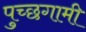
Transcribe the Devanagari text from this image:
पुच्छगामी